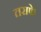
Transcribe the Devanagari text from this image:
तराफे